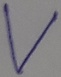
Text: V